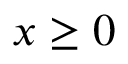
x \ge 0